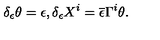
\delta _ { \epsilon } \theta = \epsilon , \delta _ { \epsilon } X ^ { i } = \overline { { \epsilon } } \Gamma ^ { i } \theta .